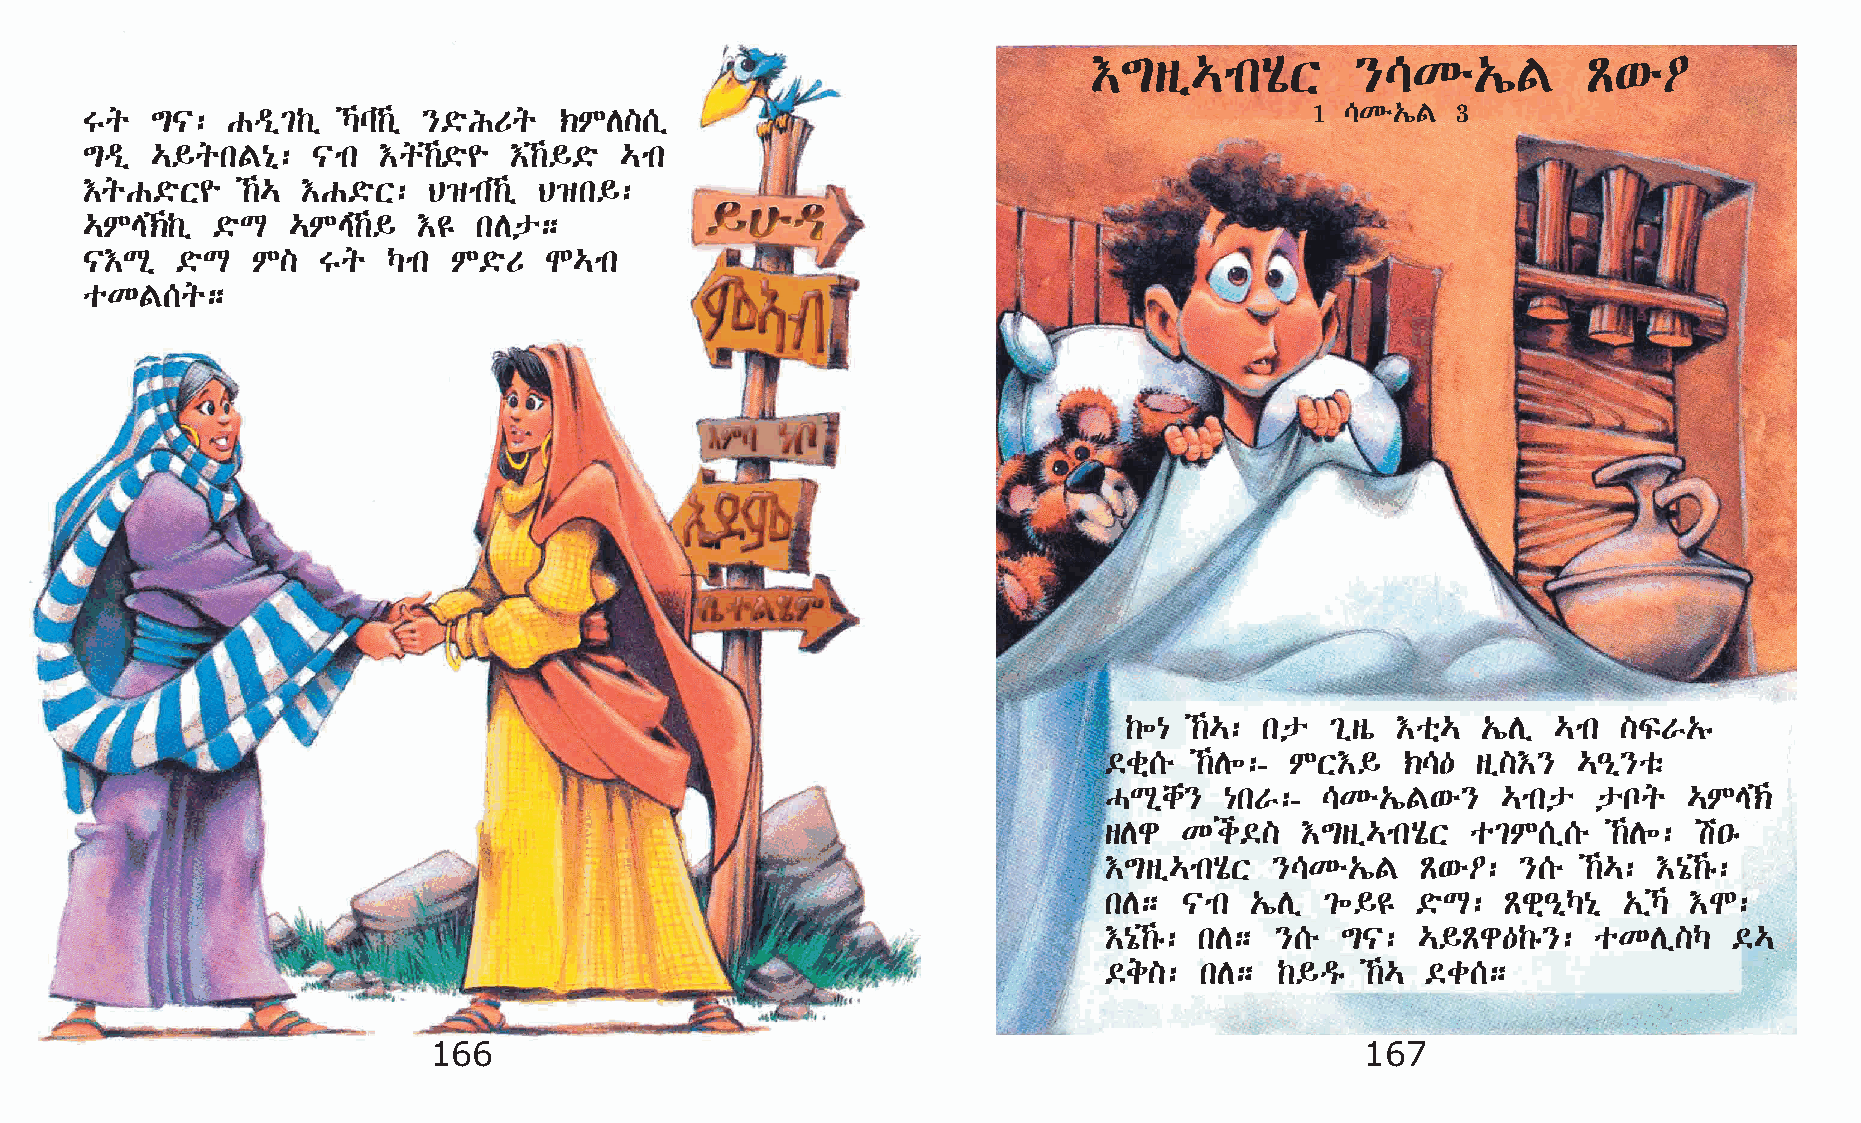
†´sï…mkAôX        }\Ké„íF        Ã‘é˜
 1 \Ké„íF 3
 Tq   ´|:  Gªï²‰ï  Šl‰ï }©öIUq ‹MD][ï
 ´ªï  …§qkF{ð:   |mk †q‰©ö¨  †‰§©ö …mk
 †qG©öX¨    ‰… †G©öX:  B›mk‰ï B›k§:
 …ME‹‰ï  ©öL  …ME‰§   †£  kDp;
 |†Lð   ©öL  M]  Tq   Šmk M©öU  N…mk
 oKF[q;
 ‰÷{ ‰…: kp  ²ïsò †oñ… „íDï …mk ]ÏV„ê
 ©cñ[é ‰D÷:- MX†§   ‹\—  sï]†} …–ð}oë
 HLðch}  {kV:-  \Ké„íF‘é}  …mkp   pnq   …ME‹
 sDg  Ki©]    †´sï…mkAôX o²M[ï[é   ‰D÷: a•ê
 †´sï…mkAôX }\Ké„íF   Ã‘é˜:  }[é ‰…: †{ó‰ê:
 kD;  |mk  „íDï ²÷§£  ©öL:  Ãgñ–ðŠ{ð „ïŠ †N:
 †{ó‰ê: kD; }[é ´|:  …§Ãg—‰ê}:   oKDï]Š   ©…
 ©e]:  kD;   ‰§ªê ‰… ©c[;
 166                                                           167